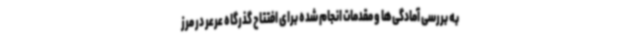
به بررسی آمادگی‌ها و مقدمات انجام شده برای افتتاح گذرگاه عرعر در مرز